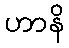
ဟာနိ